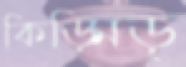
কিড়্‌মিড়্‌